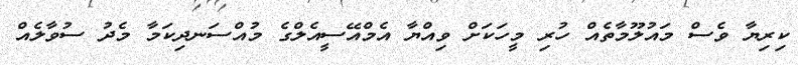
ކިރިޔާ ވެސް މައުލޫމާތެއް ހުރި މީހަކަށް ވިއްޔާ އެމްއޭސީއެލްގެ މުއްސަނދިކަމާ މެދު ސުވާލެއް